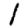
Digit: 1